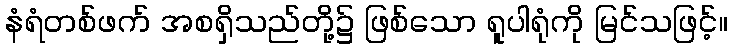
နံရံတစ်ဖက် အစရှိသည်တို့၌ ဖြစ်သော ရူပါရုံကို မြင်သဖြင့်။